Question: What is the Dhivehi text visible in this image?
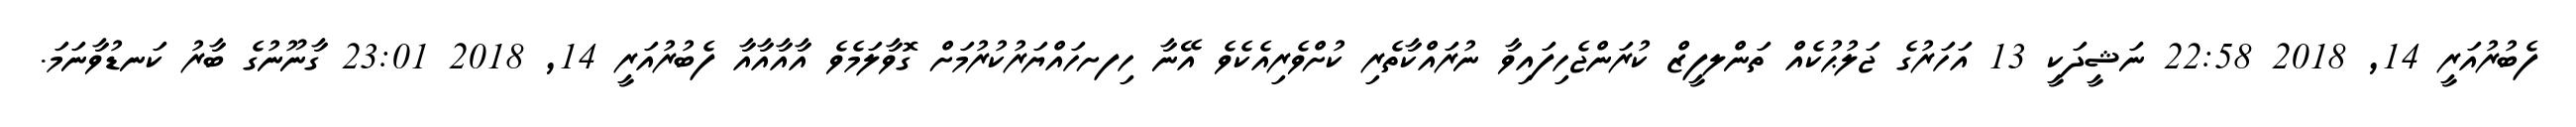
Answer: ފެބުރުއަރީ 14, 2018 22:58 ނަޝީދަކީ 13 އަހަރުގެ ޖަލުޙުކެއް ތަންލފީޒް ކުރަންޖެހިފައިވާ ނުރައްކާތެރި ކުށްވެރިއެކެވެ އޭނާ ހިފށހައްޔަރުކުރުމަށް ގޮވާލަމެވެ އާއާއާއާ ފެބުރުއަރީ 14, 2018 23:01 ގާނޫނުގެ ބާރު ކަނޑުވާނަމަ.